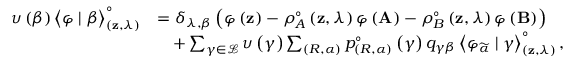
\begin{array} { r l } { \upsilon \left( \beta \right) \left< \varphi \mid \beta \right> _ { \left( \mathbf { z } , \lambda \right) } ^ { \circ } } & { = \delta _ { \lambda , \beta } \left( \varphi \left( \mathbf { z } \right) - \rho _ { A } ^ { \circ } \left( \mathbf { z } , \lambda \right) \varphi \left( \mathbf { A } \right) - \rho _ { B } ^ { \circ } \left( \mathbf { z } , \lambda \right) \varphi \left( \mathbf { B } \right) \right) } \\ & { \quad + \sum _ { \gamma \in \mathcal { L } } \upsilon \left( \gamma \right) \sum _ { \left( R , \alpha \right) } p _ { \left( R , \alpha \right) } ^ { \circ } \left( \gamma \right) q _ { \gamma \beta } \left< \varphi _ { \widetilde { \alpha } } \mid \gamma \right> _ { \left( \mathbf { z } , \lambda \right) } ^ { \circ } , } \end{array}